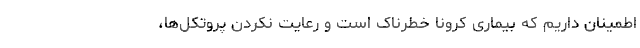
اطمینان داریم که بیماری کرونا خطرناک است و رعایت نکردن پروتکل‌ها،